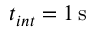
t _ { i n t } = 1 \, \mathrm { s }